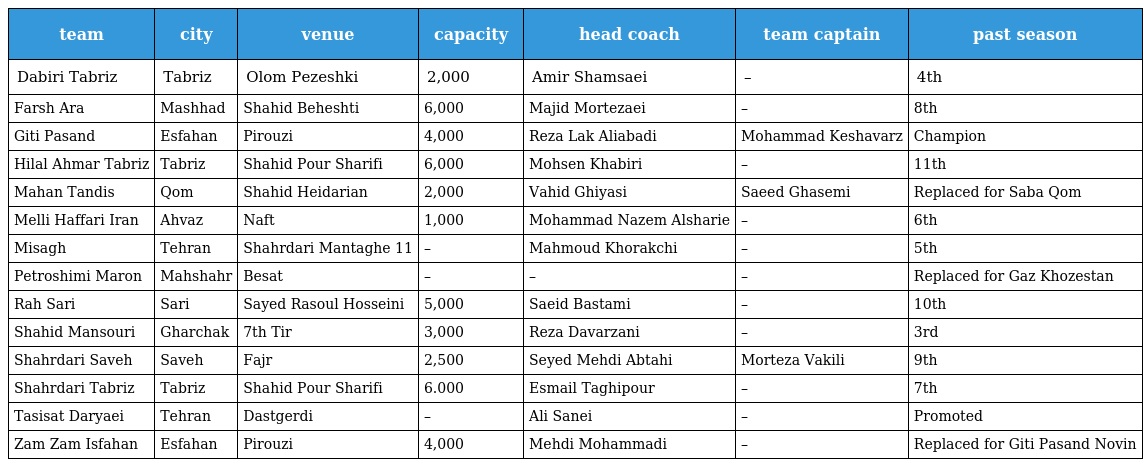
| team | city | venue | capacity | head coach | team captain | past season |
 | --- | --- | --- | --- | --- | --- | --- |
 | Dabiri Tabriz | Tabriz | Olom Pezeshki | 2,000 | Amir Shamsaei | – | 4th |
 | Farsh Ara | Mashhad | Shahid Beheshti | 6,000 | Majid Mortezaei | – | 8th |
 | Giti Pasand | Esfahan | Pirouzi | 4,000 | Reza Lak Aliabadi | Mohammad Keshavarz | Champion |
 | Hilal Ahmar Tabriz | Tabriz | Shahid Pour Sharifi | 6,000 | Mohsen Khabiri | – | 11th |
 | Mahan Tandis | Qom | Shahid Heidarian | 2,000 | Vahid Ghiyasi | Saeed Ghasemi | Replaced for Saba Qom |
 | Melli Haffari Iran | Ahvaz | Naft | 1,000 | Mohammad Nazem Alsharie | – | 6th |
 | Misagh | Tehran | Shahrdari Mantaghe 11 | – | Mahmoud Khorakchi | – | 5th |
 | Petroshimi Maron | Mahshahr | Besat | – | – | – | Replaced for Gaz Khozestan |
 | Rah Sari | Sari | Sayed Rasoul Hosseini | 5,000 | Saeid Bastami | – | 10th |
 | Shahid Mansouri | Gharchak | 7th Tir | 3,000 | Reza Davarzani | – | 3rd |
 | Shahrdari Saveh | Saveh | Fajr | 2,500 | Seyed Mehdi Abtahi | Morteza Vakili | 9th |
 | Shahrdari Tabriz | Tabriz | Shahid Pour Sharifi | 6.000 | Esmail Taghipour | – | 7th |
 | Tasisat Daryaei | Tehran | Dastgerdi | – | Ali Sanei | – | Promoted |
 | Zam Zam Isfahan | Esfahan | Pirouzi | 4,000 | Mehdi Mohammadi | – | Replaced for Giti Pasand Novin |